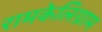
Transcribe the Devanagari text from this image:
रामकेलिग्राम